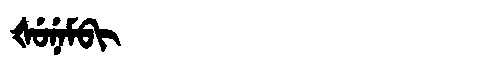
Manchu: ᡧᡠᠨᡝᠮᠪᡳ
Romanization: ŠUNEMBI